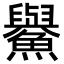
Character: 𩼹